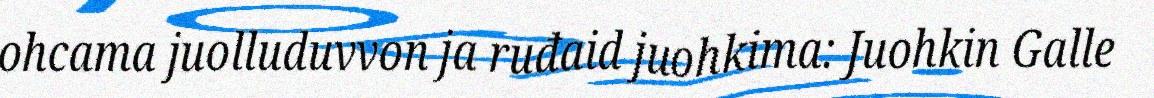
ohcama juolluduvvon ja ruđaid juohkima: Juohkin Galle